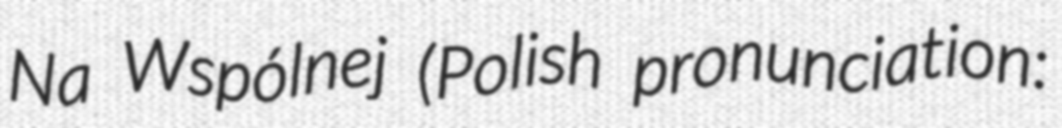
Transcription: Na Wspólnej (Polish pronunciation: